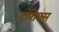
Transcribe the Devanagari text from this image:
हॉरोक्स